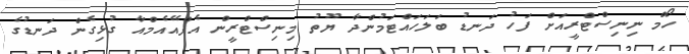
ހޯމް ނިނިސްޓްރީއަށް ފަހު ދަނޑު ބަލަހައްޓަމުންދާ ޔޫތު މިނިސްޓްރީން އެފްއޭއެމްއާ ގުޅިގެން ދަނޑުގެ